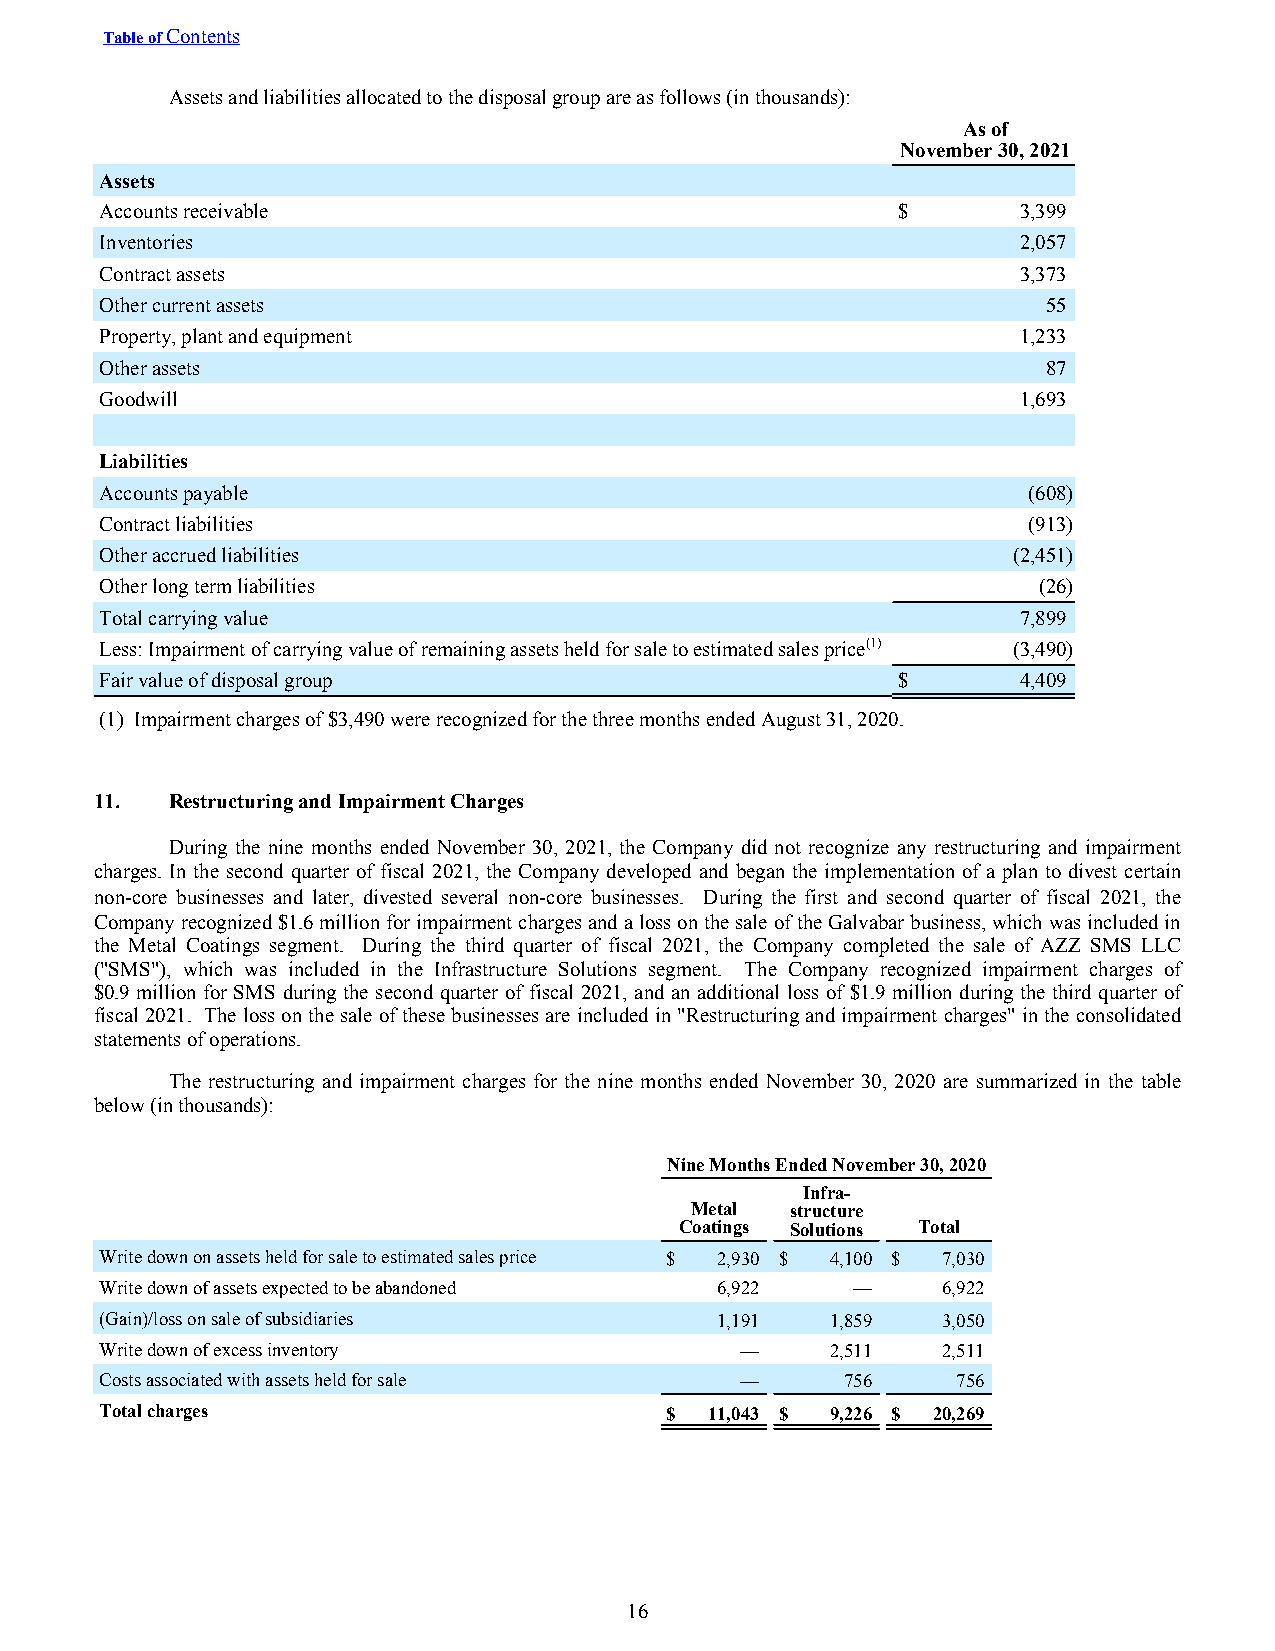
Table of Contents
 Assets and liabilities allocated to the disposal group are as follows (in thousands):
 As of
 November 30, 2021
 Assets
 Accounts receivable                                 $        3,399
 Inventories                                                  2,057
 Contract assets                                              3,373
 Other current assets                                          55
 Property, plant and equipment                                1,233
 Other assets                                                  87
 Goodwill                                                     1,693
 Liabilities
 Accounts payable                                             (608)
 Contract liabilities                                         (913)
 Other accrued liabilities                                   (2,451)
 Other long term liabilities                                   (26)
 Total carrying value                                         7,899
 Less: Impairment of carrying value of remaining assets held for sale to estimated sales price(1) (3,490)
 Fair value of disposal group                        $        4,409
 (1) Impairment charges of $3,490 were recognized for the three months ended August 31, 2020.
 11.  Restructuring and Impairment Charges
 During the nine months ended November 30, 2021, the Company did not recognize any restructuring and impairment
 charges. In the second quarter of fiscal 2021, the Company developed and began the implementation of a plan to divest certain
 non-core businesses and later, divested several non-core businesses. During the first and second quarter of fiscal 2021, the
 Company recognized $1.6 million for impairment charges and a loss on the sale of the Galvabar business, which was included in
 the Metal Coatings segment. During the third quarter of fiscal 2021, the Company completed the sale of AZZ SMS LLC
 ("SMS"), which was included in the Infrastructure Solutions segment. The Company recognized impairment charges of
 $0.9 million for SMS during the second quarter of fiscal 2021, and an additional loss of $1.9 million during the third quarter of
 fiscal 2021. The loss on the sale of these businesses are included in "Restructuring and impairment charges" in the consolidated
 statements of operations.
 The restructuring and impairment charges for the nine months ended November 30, 2020 are summarized in the table
 below (in thousands):
 Nine Months Ended November 30, 2020
 Infra-
 Metal structure
 Coatings Solutions Total
 Write down on assets held for sale to estimated sales price $ 2,930 $ 4,100 $ 7,030
 Write down of assets expected to be abandoned 6,922 —  6,922
 (Gain)/loss on sale of subsidiaries     1,191   1,859  3,050
 Write down of excess inventory            —     2,511  2,511
 Costs associated with assets held for sale —     756    756
 Total charges                        $  11,043 $ 9,226 $ 20,269
 16